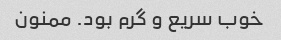
خوب سریع و گرم بود. ممنون